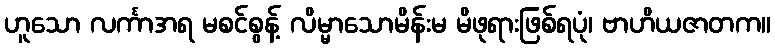
ဟူသော လင်္ကာအရ မစင်စွန့် လိမ္မာသောမိန်းမ မိဖုရားဖြစ်ရပုံ၊ ဗာဟိယဇာတက။